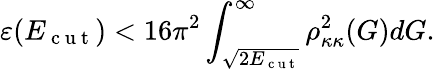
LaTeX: \varepsilon(E_{\mathrm{~c~u~t~}})<16\pi^{2}\int_{\sqrt{2E_{\mathrm{~c~u~t~}}}}^{\infty}\rho_{\kappa\kappa}^{2}(G)dG.